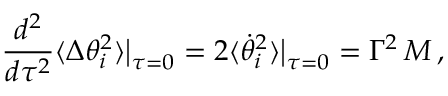
{ \frac { d ^ { 2 } } { d \tau ^ { 2 } } } \langle \Delta \theta _ { i } ^ { 2 } \rangle \big | _ { \tau = 0 } = 2 \langle \dot { \theta } _ { i } ^ { 2 } \rangle \big | _ { \tau = 0 } = \Gamma ^ { 2 } \, M \, ,